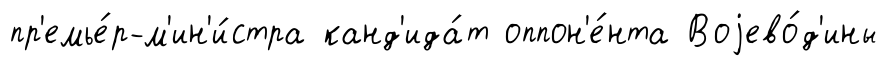
пр'емье́р-м'ин'и́стра канд'ида́т оппон'е́нта Воjево́д'ины